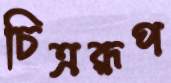
চিত্ররূপ